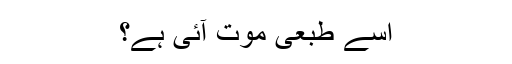
اسے طبعی موت آئی ہے؟